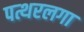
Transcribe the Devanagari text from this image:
पत्थरलगा